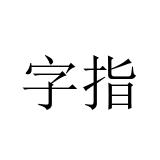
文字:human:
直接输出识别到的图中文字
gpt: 字指